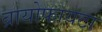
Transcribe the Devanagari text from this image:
ब्रायोफायटा